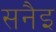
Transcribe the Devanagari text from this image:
सनैइ